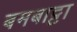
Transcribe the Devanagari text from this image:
बमबाट्टा